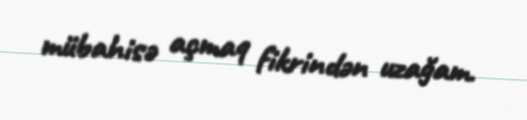
mübahisə açmaq fikrindən uzağam.